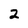
Character: 2